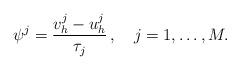
LaTeX: \begin{gather*} \psi^j = \frac{v_h^j-u_h^j}{\tau_j}\,, \ \ \ j=1,\dots,M.\end{gather*}